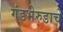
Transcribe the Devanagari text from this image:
गंडभेरुडाचे